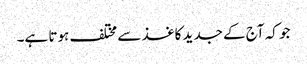
جو کہ آج کے جدید کاغذ سے مختلف ہوتا ہے۔